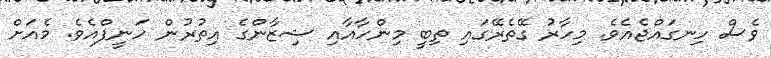
ވެސް ހިނގައްޖެއެވެ. މިހާރު ގޭތެރޭގައި ތިބީ މިންހާއާއި ޝިޒާންގެ އިތުރުން ހަނީފްއެވެ. މެއަށް